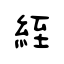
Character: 絰